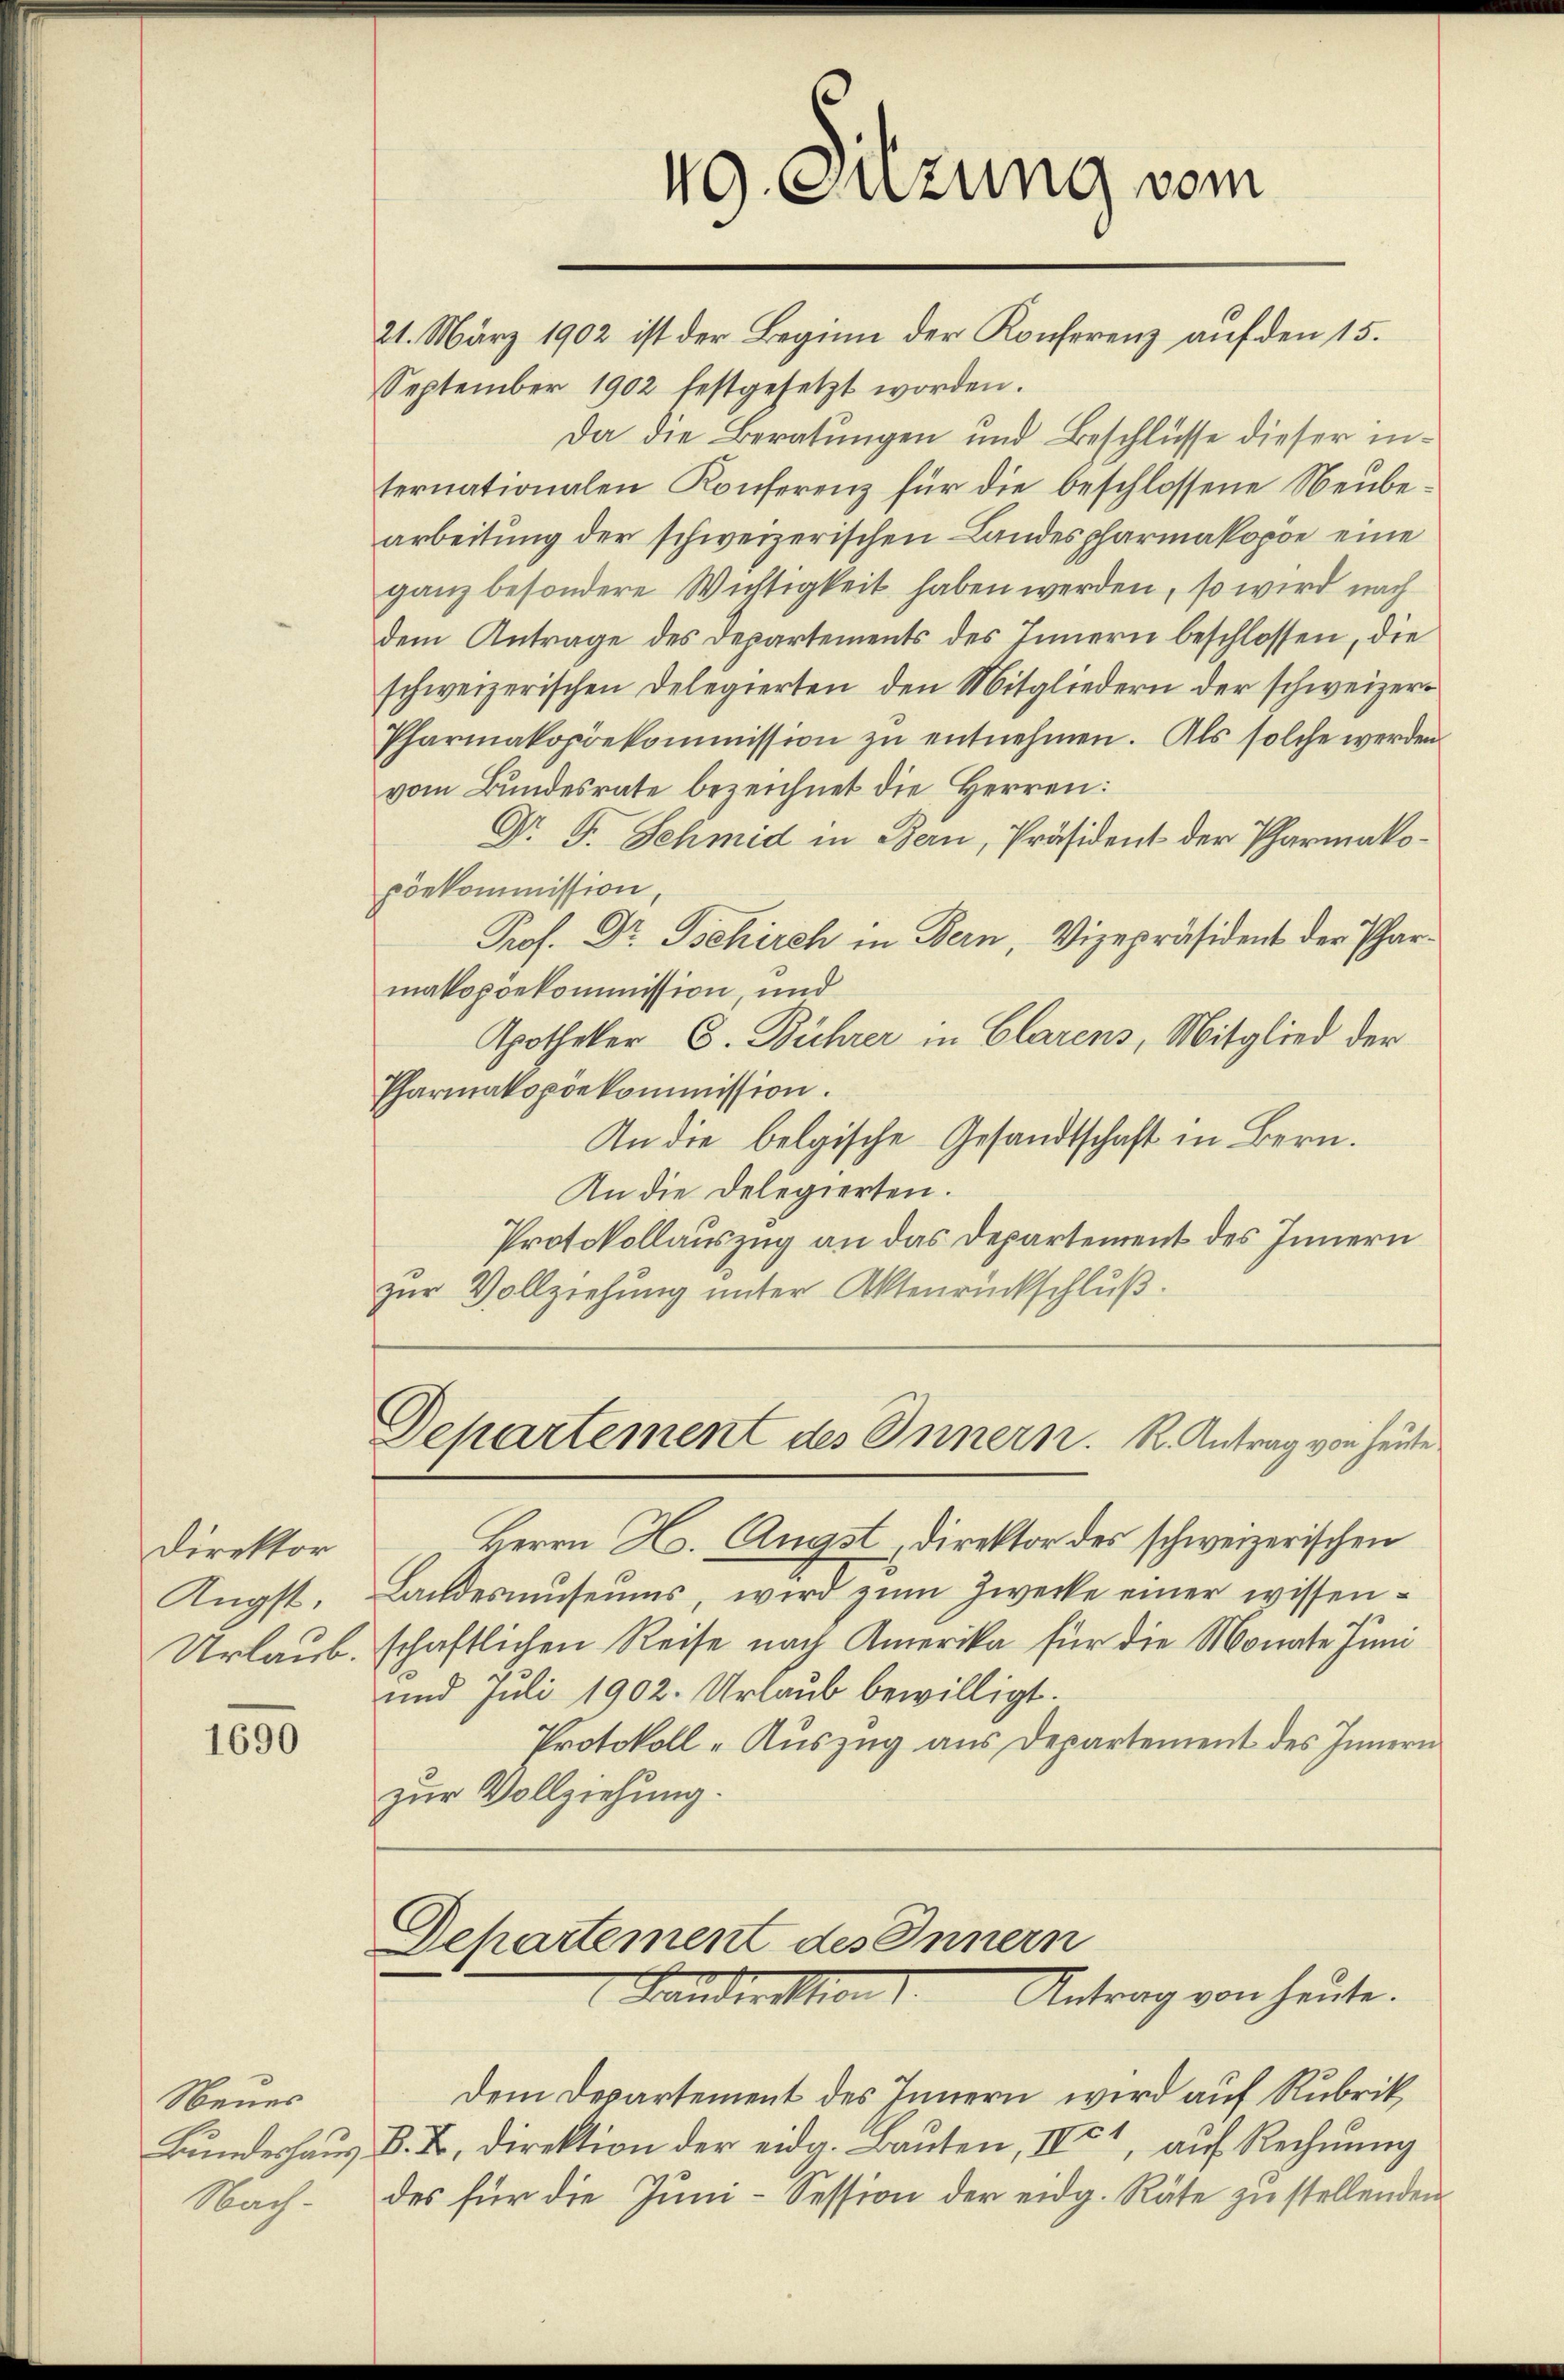
Direktor
Ängst
Urlaub.

1690

Neues
Bundeshaus.
Mach

49. Guzung vom
21. März 1902 ist der Beginn der Konferenz auf den 15.

September 1902 festgesetzt worden.
Da die Beratungen und Beschlüsse dieser internationalen Konferenz für die beschlossene Neubearbeitung der schweizerischen Landespharmakopöe eine
ganz besondere Wichtigkeit haben werden, so wird nach
dem Antrage des Departements des Innern beschlossen, die
schweizerischen Delegierten den Mitgliedern der schweizeri
Pharmakopöekommission zŭ entnehmen. Als solche werden
vom Bundesrate bezeichnet die Herren:
Dr. F. Schmid in Bern, Präsident der Pharmakopönkommission,
Prof. Dr. Behirch in Bern, Vizepräsident der Pharmakopoekommission, und
Apotheker C. Bührer in Clarens, Mitglied der
Pharmakopöekommission.
An die belgische Gesandtschaft in Bern.
An die Delegierten.
Protokollauszug an das Departement des Innern
zur Vollziehung unter Aktenrückschluß.

Departement des Innern. K. Antrag von heute

Herrn H. Angst Direktor des schweizerischen
Landesmuseums, wird zum Zwecke einer wissenschaftlichen Reise nach Amerika für die Monate Juni
und Juli 1902. Urlaub bewilligt.
Protokoll-Auszug aus Departement des Innern
zur Vollziehung.

Departement des Innern
Landeration
Antrag von heute.

Dem Departement des Innern wird auf Rubrik
B.B. direktion der eidg. Baŭten, II 4, aŭf Rechnŭng
des für die Juni-Session der eidg. Räte zu stellenden